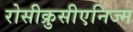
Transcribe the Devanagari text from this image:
रोसीक्रुसीएनिज्म